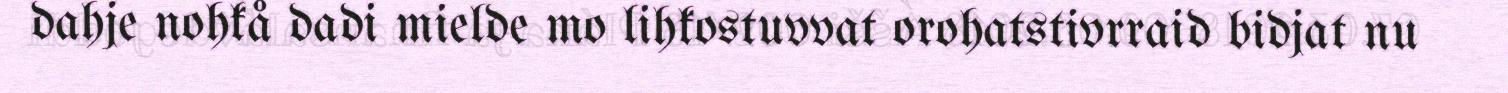
dahje nohkå dadi mielde mo lihkostuvvat orohatstivrraid bidjat nu